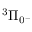
^ 3 \Pi _ { 0 ^ { - } }